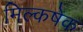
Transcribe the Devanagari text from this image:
मिल्कषेक